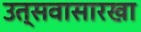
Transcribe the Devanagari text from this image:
उत्सवासारखा